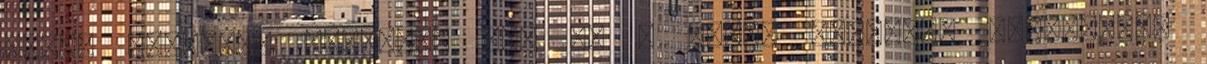
típus jelenleg raktáron van Ez a típus jelenleg rendelhető